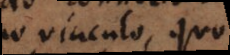
vinculo, quo